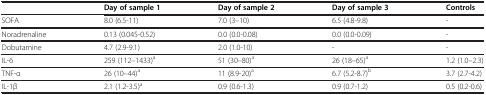
|  | Day of sample 1 | Day of sample 2 | Day of sample 3 | Controls |
 | --- | --- | --- | --- | --- |
 | SOFA | 8.0 (6.5-11) | 7.0 (3–10) | 6.5 (4.8-9.8) | - |
 | Noradrenaline | 0.13 (0.045-0.52) | 0.0 (0.0-0.08) | 0.0 (0.0-0.09) | - |
 | Dobutamine | 4.7 (2.9-9.1) | 2.0 (1.0-10) | - | - |
 | IL-6 | 259 (112–1433)a | 51 (30–80)a | 26 (18–65)a | 1.2 (1.0–2.3) |
 | TNF-α | 26 (10–44)a | 11 (8.9-20)a | 6.7 (5.2-8.7)b | 3.7 (2.7-4.2) |
 | IL-1β | 2.1 (1.2-3.5)a | 0.9 (0.6-1.3) | 0.9 (0.7-1.2) | 0.5 (0.2-0.6) |